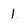
Character: 1